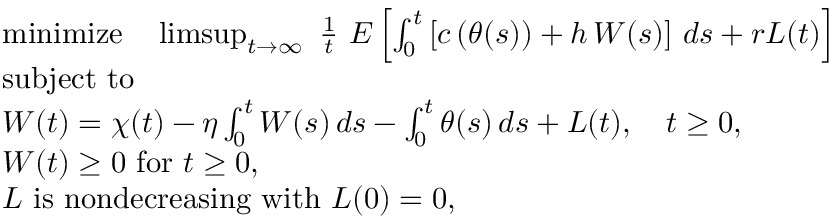
\begin{array} { r l } & { \mathrm { m i n i m i z e } \quad \operatorname* { l i m s u p } _ { t \rightarrow \infty } \, \, \frac { 1 } { t } \, \, E \left[ \int _ { 0 } ^ { t } \left[ c \left( \theta ( s ) \right) + h \, W ( s ) \right] \, d s + r L ( t ) \right] } \\ & { \mathrm { s u b j e c t ~ t o } } \\ & { W ( t ) = \chi ( t ) - \eta \int _ { 0 } ^ { t } W ( s ) \, d s - \int _ { 0 } ^ { t } \theta ( s ) \, d s + L ( t ) , \quad t \ge 0 , } \\ & { W ( t ) \ge 0 \mathrm { ~ f o r ~ } t \ge 0 , } \\ & { L \mathrm { ~ i s ~ n o n d e c r e a s i n g ~ w i t h ~ } L ( 0 ) = 0 , } \end{array}